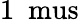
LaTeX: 1~\mathrm{\ mus}